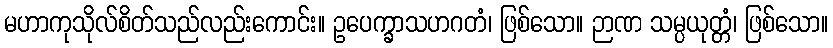
မဟာကုသိုလ်စိတ်သည်လည်းကောင်း။ ဥပေက္ခာသဟဂတံ၊ ဖြစ်သော။ ဉာဏ သမ္ပယုတ္တံ၊ ဖြစ်သော။